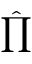
\hat { \prod }